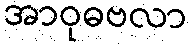
အာဝုဓဗလာ